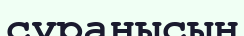
сұранысын